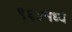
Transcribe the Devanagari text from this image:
९६४मध्ये